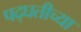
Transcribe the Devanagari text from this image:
पद्घतीच्या